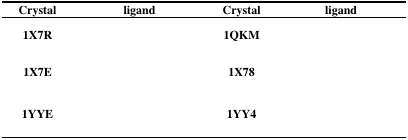
| Crystal | ligand | Crystal | ligand |
 | --- | --- | --- | --- |
 | 1X7R |  | 1QKM |  |
 | 1X7E |  | 1X78 |  |
 | 1YYE |  | 1YY4 |  |